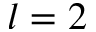
l = 2